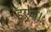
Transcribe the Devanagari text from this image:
ह्ऐन।